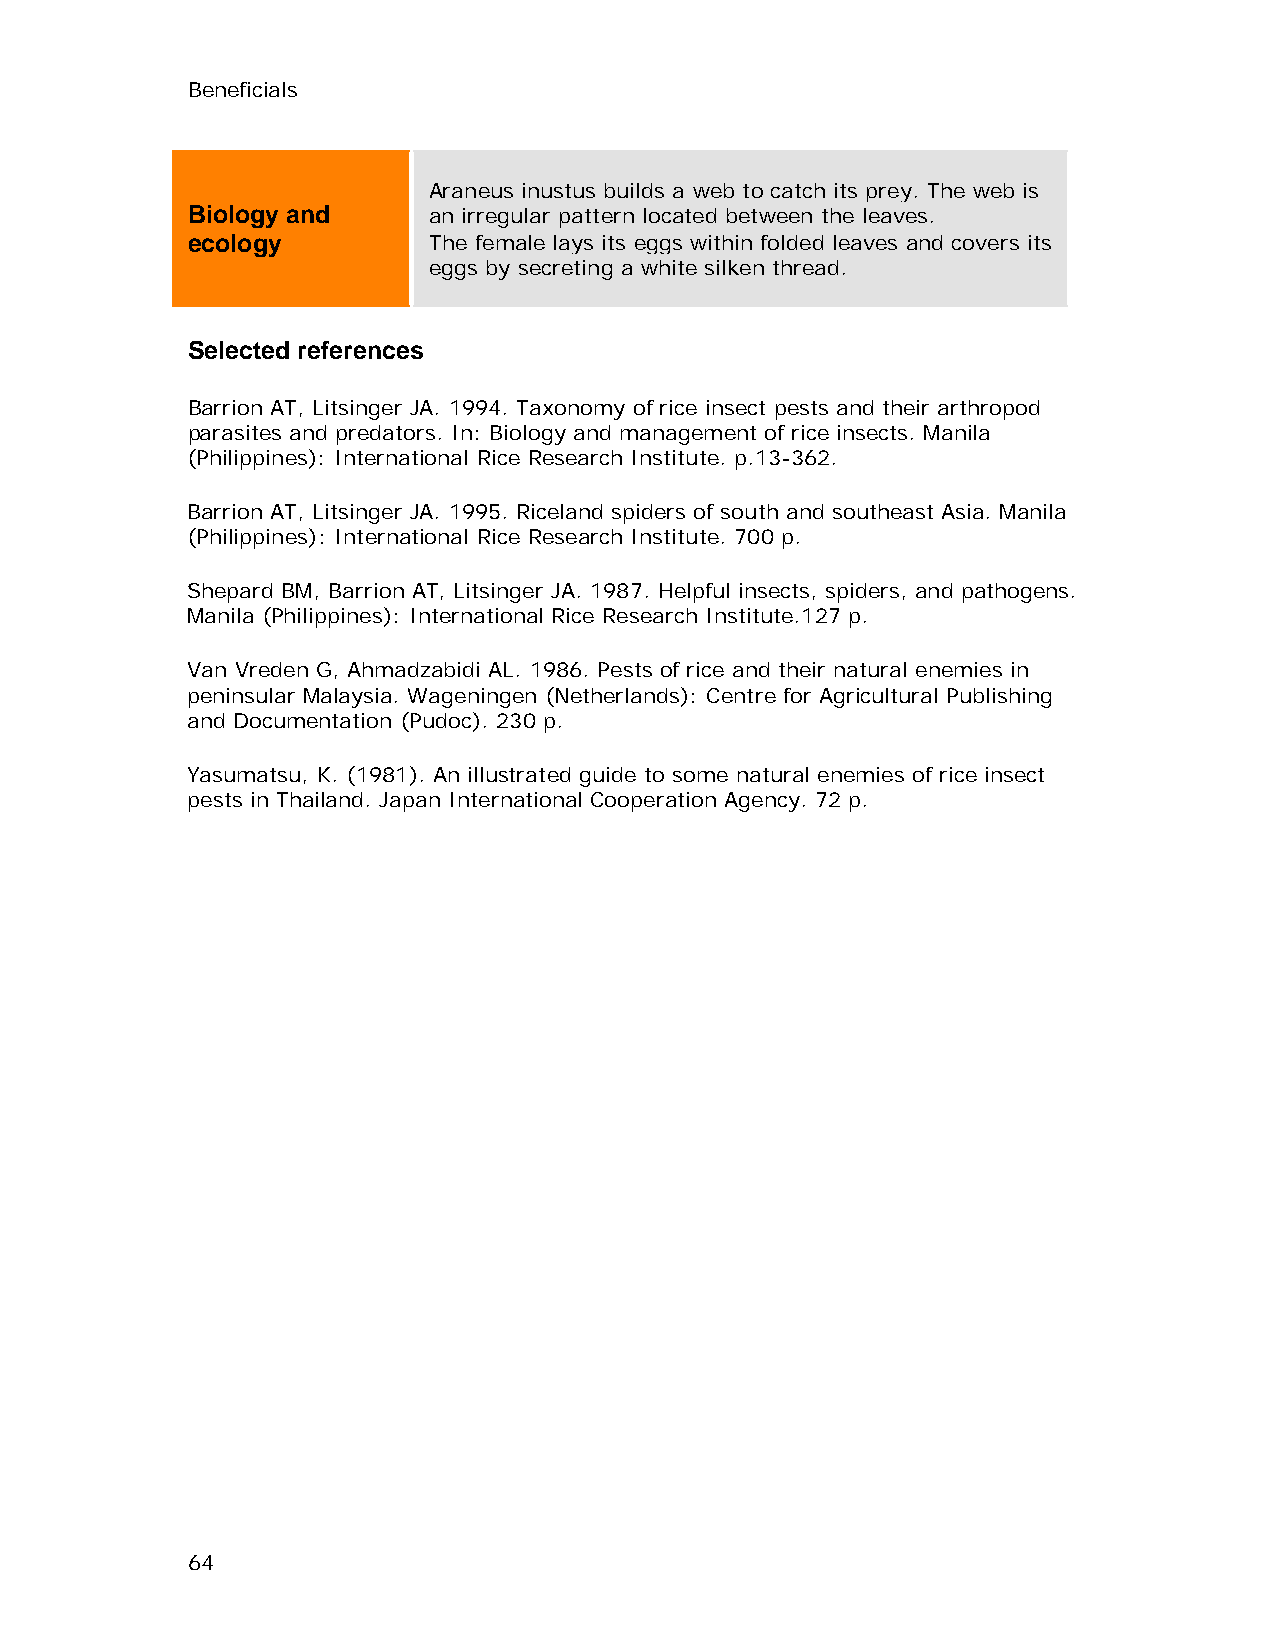
Beneficials
 Araneus inustus builds a web to catch its prey. The web is
 Biology and     an irregular pattern located between the leaves.
 ecology         The female lays its eggs within folded leaves and covers its
 eggs by secreting a white silken thread.
 Selected references
 Barrion AT, Litsinger JA. 1994. Taxonomy of rice insect pests and their arthropod
 parasites and predators. In: Biology and management of rice insects. Manila
 (Philippines): International Rice Research Institute. p.13-362.
 Barrion AT, Litsinger JA. 1995. Riceland spiders of south and southeast Asia. Manila
 (Philippines): International Rice Research Institute. 700 p.
 Shepard BM, Barrion AT, Litsinger JA. 1987. Helpful insects, spiders, and pathogens.
 Manila (Philippines): International Rice Research Institute.127 p.
 Van Vreden G, Ahmadzabidi AL. 1986. Pests of rice and their natural enemies in
 peninsular Malaysia. Wageningen (Netherlands): Centre for Agricultural Publishing
 and Documentation (Pudoc). 230 p.
 Yasumatsu, K. (1981). An illustrated guide to some natural enemies of rice insect
 pests in Thailand. Japan International Cooperation Agency. 72 p.
 64